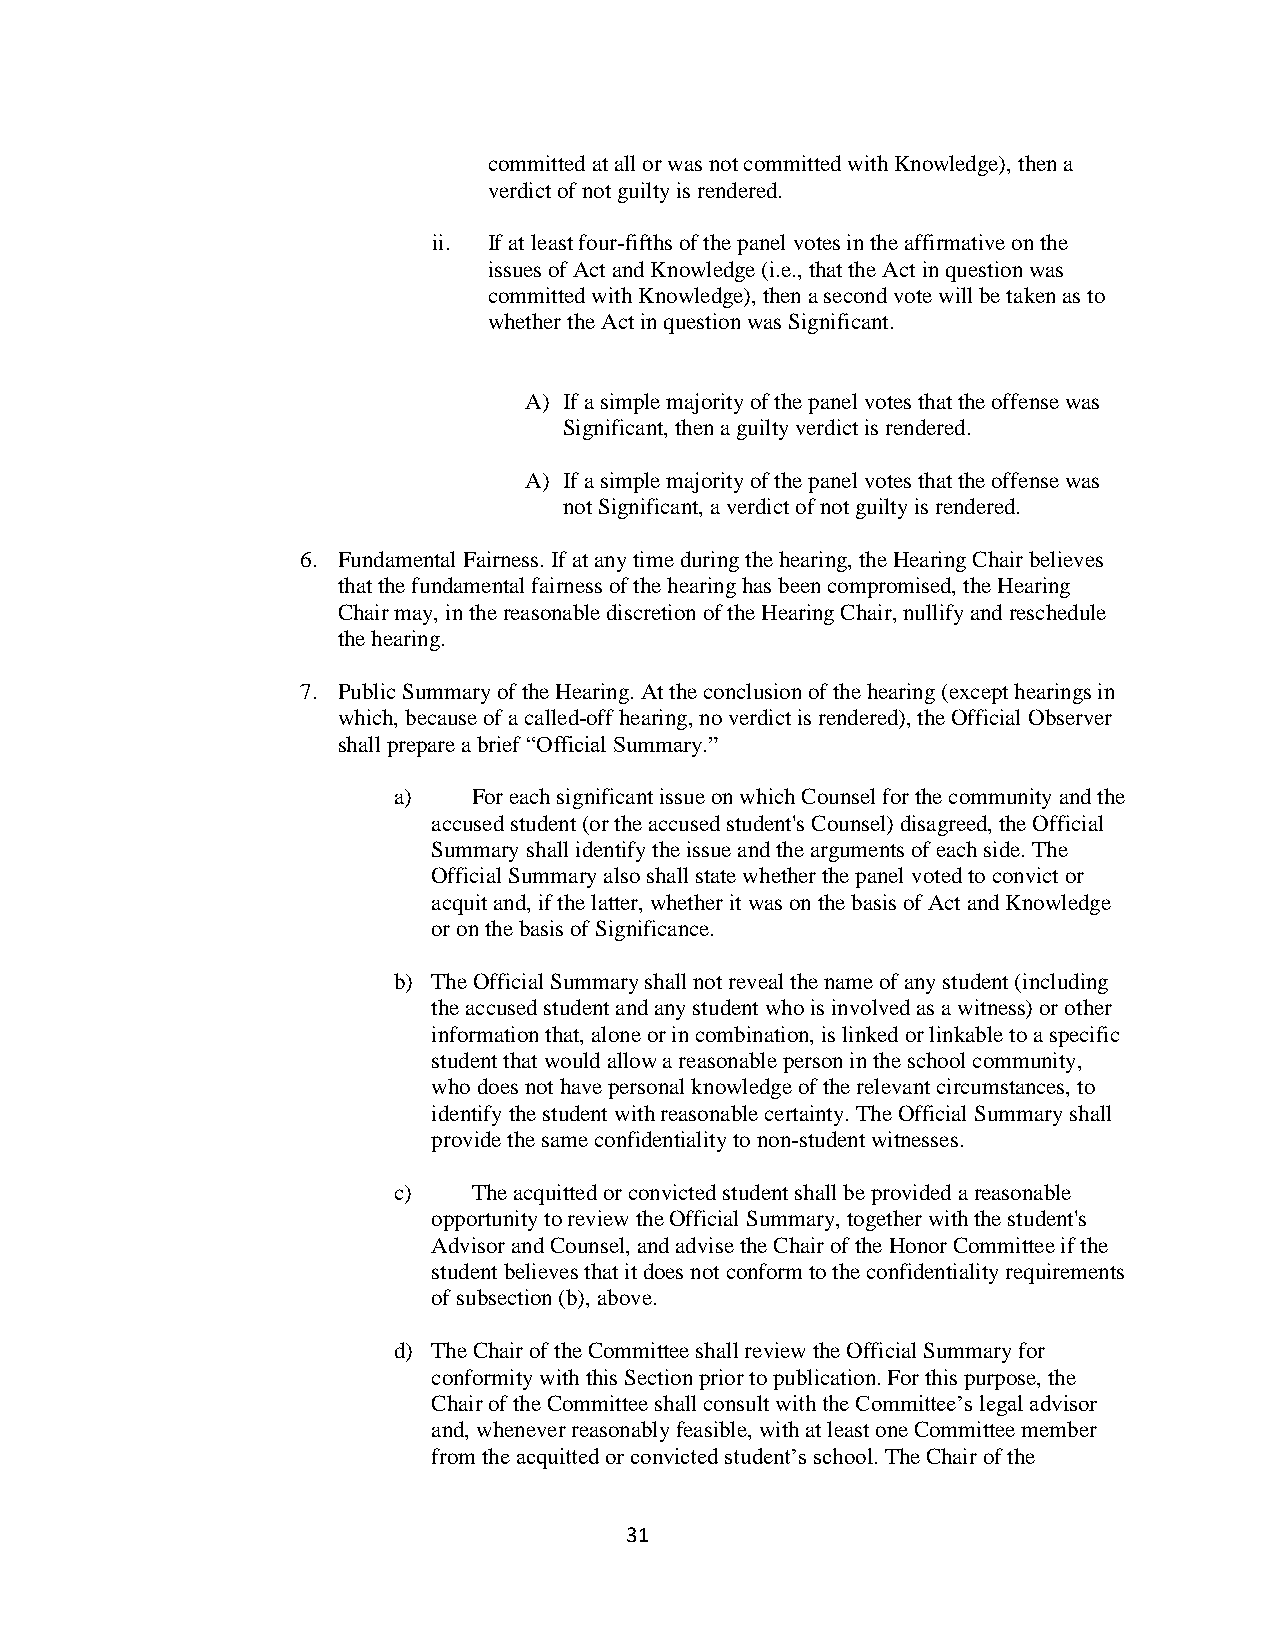
committed at all or was not committed with Knowledge), then a
 verdict of not guilty is rendered.
 ii. If at least four-fifths of the panel votes in the affirmative on the
 issues of Act and Knowledge (i.e., that the Act in question was
 committed with Knowledge), then a second vote will be taken as to
 whether the Act in question was Significant.
 A) If a simple majority of the panel votes that the offense was
 Significant, then a guilty verdict is rendered.
 A) If a simple majority of the panel votes that the offense was
 not Significant, a verdict of not guilty is rendered.
 6. Fundamental Fairness. If at any time during the hearing, the Hearing Chair believes
 that the fundamental fairness of the hearing has been compromised, the Hearing
 Chair may, in the reasonable discretion of the Hearing Chair, nullify and reschedule
 the hearing.
 7. Public Summary of the Hearing. At the conclusion of the hearing (except hearings in
 which, because of a called-off hearing, no verdict is rendered), the Official Observer
 shall prepare a brief “Official Summary.”
 a)   For each significant issue on which Counsel for the community and the
 accused student (or the accused student's Counsel) disagreed, the Official
 Summary shall identify the issue and the arguments of each side. The
 Official Summary also shall state whether the panel voted to convict or
 acquit and, if the latter, whether it was on the basis of Act and Knowledge
 or on the basis of Significance.
 b) The Official Summary shall not reveal the name of any student (including
 the accused student and any student who is involved as a witness) or other
 information that, alone or in combination, is linked or linkable to a specific
 student that would allow a reasonable person in the school community,
 who does not have personal knowledge of the relevant circumstances, to
 identify the student with reasonable certainty. The Official Summary shall
 provide the same confidentiality to non-student witnesses.
 c)   The acquitted or convicted student shall be provided a reasonable
 opportunity to review the Official Summary, together with the student's
 Advisor and Counsel, and advise the Chair of the Honor Committee if the
 student believes that it does not conform to the confidentiality requirements
 of subsection (b), above.
 d) The Chair of the Committee shall review the Official Summary for
 conformity with this Section prior to publication. For this purpose, the
 Chair of the Committee shall consult with the Committee’s legal advisor
 and, whenever reasonably feasible, with at least one Committee member
 from the acquitted or convicted student’s school. The Chair of the
 31